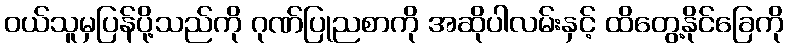
ဝယ်သူမှပြန်ပို့သည်ကို ဂုဏ်ပြုညစာကို အဆိုပါလမ်းနှင့် ထိတွေ့နိုင်ခြေကို